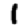
Digit: 1